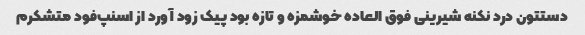
دستتون درد نکنه شیرینی فوق العاده خوشمزه و تازه بود پیک زود آورد از اسنپ‌فود متشکرم